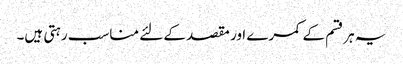
یہ ہرقسم کے کمرے اور مقصد کے لئے مناسب رہتی ہیں۔